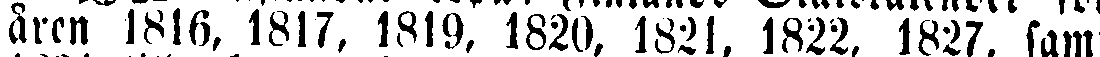
åren 1816, 1817, 1819. 1820, 1821, 1822, 1827, sam